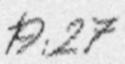
19:27